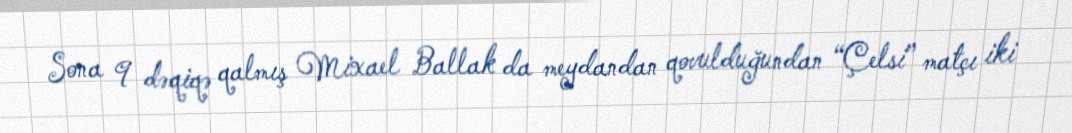
Sona 9 dəqiqə qalmış Mixael Ballak da meydandan qovulduğundan “Çelsi” matçı iki